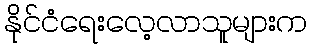
နိုင်ငံရေးလေ့လာသူများက